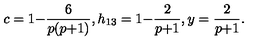
c = 1 { - } \frac { 6 } { p ( p { + } 1 ) } , h _ { 1 3 } = 1 { - } \frac { 2 } { p { + } 1 } , y = \frac { 2 } { p { + } 1 } .